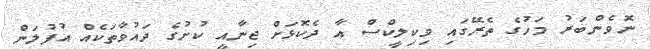
ނޮވެންބަރު މަހުގެ ތެރޭގައި ވިކިލީކްސް އާ ދެކޮޅަށް ޖިނާއީ ކުށުގެ ދައުވާތަކެއް އުފުލަން